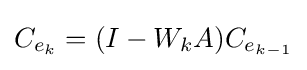
C_{e_{k}}=(I-W_{k}A)C_{e_{k-1}}